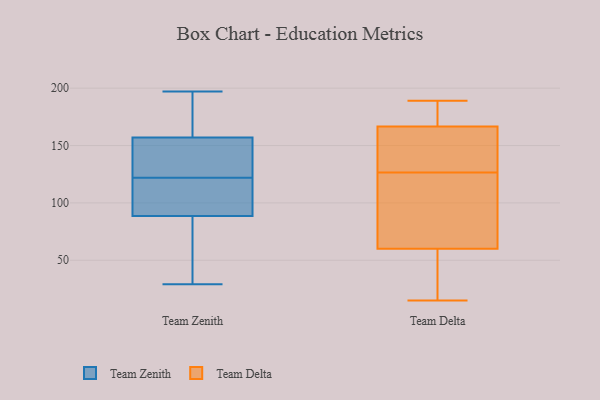
{"axis": {"x": "Gross Profit (USD K)", "y": "Value"}, "legend": ["Team Delta", "Team Zenith"], "data": [{"x": "", "y": 140, "type": "Team Zenith"}, {"x": "", "y": 197, "type": "Team Zenith"}, {"x": "", "y": 104, "type": "Team Zenith"}, {"x": "", "y": 193, "type": "Team Zenith"}, {"x": "", "y": 193, "type": "Team Zenith"}, {"x": "", "y": 131, "type": "Team Zenith"}, {"x": "", "y": 90, "type": "Team Zenith"}, {"x": "", "y": 86, "type": "Team Zenith"}, {"x": "", "y": 104, "type": "Team Zenith"}, {"x": "", "y": 102, "type": "Team Zenith"}, {"x": "", "y": 165, "type": "Team Zenith"}, {"x": "", "y": 149, "type": "Team Zenith"}, {"x": "", "y": 137, "type": "Team Zenith"}, {"x": "", "y": 121, "type": "Team Zenith"}, {"x": "", "y": 166, "type": "Team Zenith"}, {"x": "", "y": 31, "type": "Team Zenith"}, {"x": "", "y": 29, "type": "Team Zenith"}, {"x": "", "y": 123, "type": "Team Zenith"}, {"x": "", "y": 87, "type": "Team Zenith"}, {"x": "", "y": 38, "type": "Team Zenith"}, {"x": "", "y": 50, "type": "Team Delta"}, {"x": "", "y": 70, "type": "Team Delta"}, {"x": "", "y": 174, "type": "Team Delta"}, {"x": "", "y": 15, "type": "Team Delta"}, {"x": "", "y": 181, "type": "Team Delta"}, {"x": "", "y": 43, "type": "Team Delta"}, {"x": "", "y": 156, "type": "Team Delta"}, {"x": "", "y": 130, "type": "Team Delta"}, {"x": "", "y": 127, "type": "Team Delta"}, {"x": "", "y": 34, "type": "Team Delta"}, {"x": "", "y": 172, "type": "Team Delta"}, {"x": "", "y": 189, "type": "Team Delta"}, {"x": "", "y": 138, "type": "Team Delta"}, {"x": "", "y": 99, "type": "Team Delta"}, {"x": "", "y": 188, "type": "Team Delta"}, {"x": "", "y": 161, "type": "Team Delta"}, {"x": "", "y": 42, "type": "Team Delta"}, {"x": "", "y": 73, "type": "Team Delta"}, {"x": "", "y": 91, "type": "Team Delta"}, {"x": "", "y": 126, "type": "Team Delta"}]}